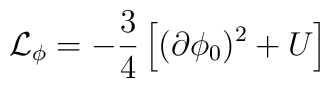
{\cal L}_{\phi}= -\frac{3}{4}\left[ (\partial \phi_0)^2 + U \right]